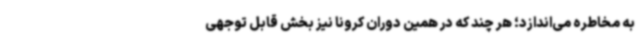
به مخاطره می‌اندازد؛ هر چند که در همین دوران کرونا نیز بخش قابل توجهی